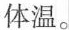
体温。